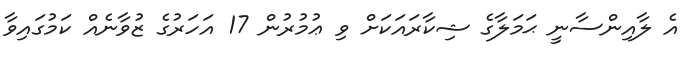
އެ ލާއިންސާނީ ޙަމަލާގެ ޝިކާރައަކަށް ވި ޢުމުރުން 17 އަހަރުގެ ޒުވާނެއް ކަމުގައިވާ